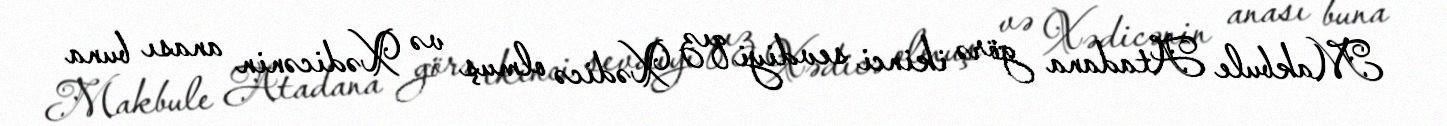
Makbule Atadana görə ikinci sevdiyi qız Xədicə olmuş və Xədicənin anası buna